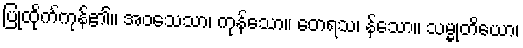
ပြုထိုက်ကုန်၏။ အဝသေသာ၊ ကုန်သော။ တေရသ၊ န်သော။ သမ္မုတိယော၊